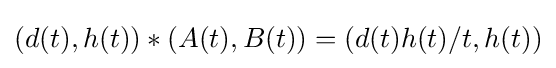
(d(t),h(t))*(A(t),B(t))=(d(t)h(t)/t,h(t))